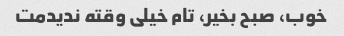
خوب، صبح بخیر، تام خیلی وقته ندیدمت